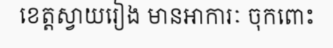
ខេត្តស្វាយរៀង មានអាការៈ ចុកពោះ